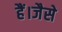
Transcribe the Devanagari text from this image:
हैं।जैसे